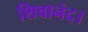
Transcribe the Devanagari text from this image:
शिवानंद।